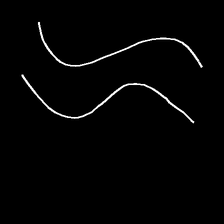
Glyph: float